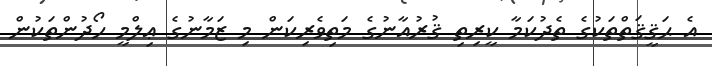
އެ ޙަޤީޤަތްތަކުގެ ތެދުކަމާ ކީރިތި ޤުރުއާނުގެ މަތިވެރިކަން މި ޒަމާނުގެ ޢިލްމީ ހޯދުންތަކުން